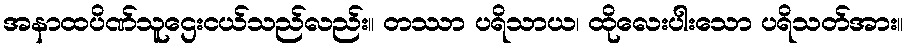
အနာထပိဏ်သူဌေးငယ်သည်လည်း။ တဿာ ပရိသာယ၊ ထိုလေးပါးသော ပရိသတ်အား။